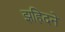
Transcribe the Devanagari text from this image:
झहिदने